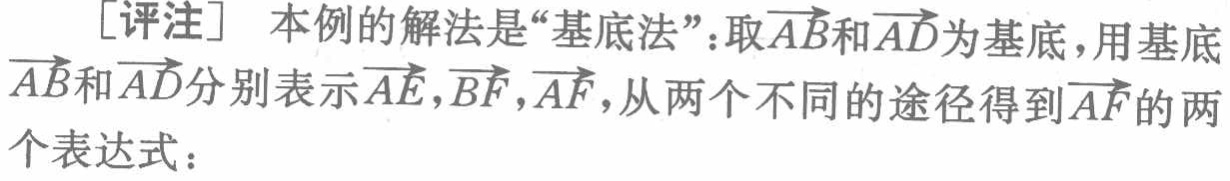
[评注] 本例的解法是“基底法”：取\(\overrightarrow{AB}\)和\(\overrightarrow{AD}\)为基底，用基底\(\overrightarrow{AB}\)和\(\overrightarrow{AD}\)分别表示\(\overrightarrow{AE},\overrightarrow{BF},\overrightarrow{AF}\)，从两个不同的途径得到\(\overrightarrow{AF}\)的两个表达式：